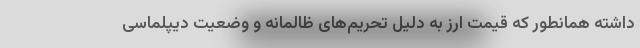
داشته همانطور که قیمت ارز به دلیل تحریم‌های ظالمانه و وضعیت دیپلماسی